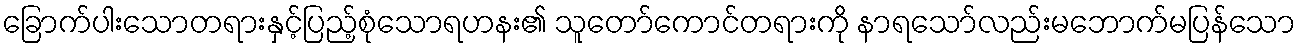
ခြောက်ပါးသောတရားနှင့်ပြည့်စုံသောရဟနး၏ သူတော်ကောင်တရားကို နာရသော်လည်းမဘောက်မပြန်သော